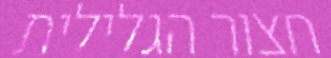
חצור הגלילית